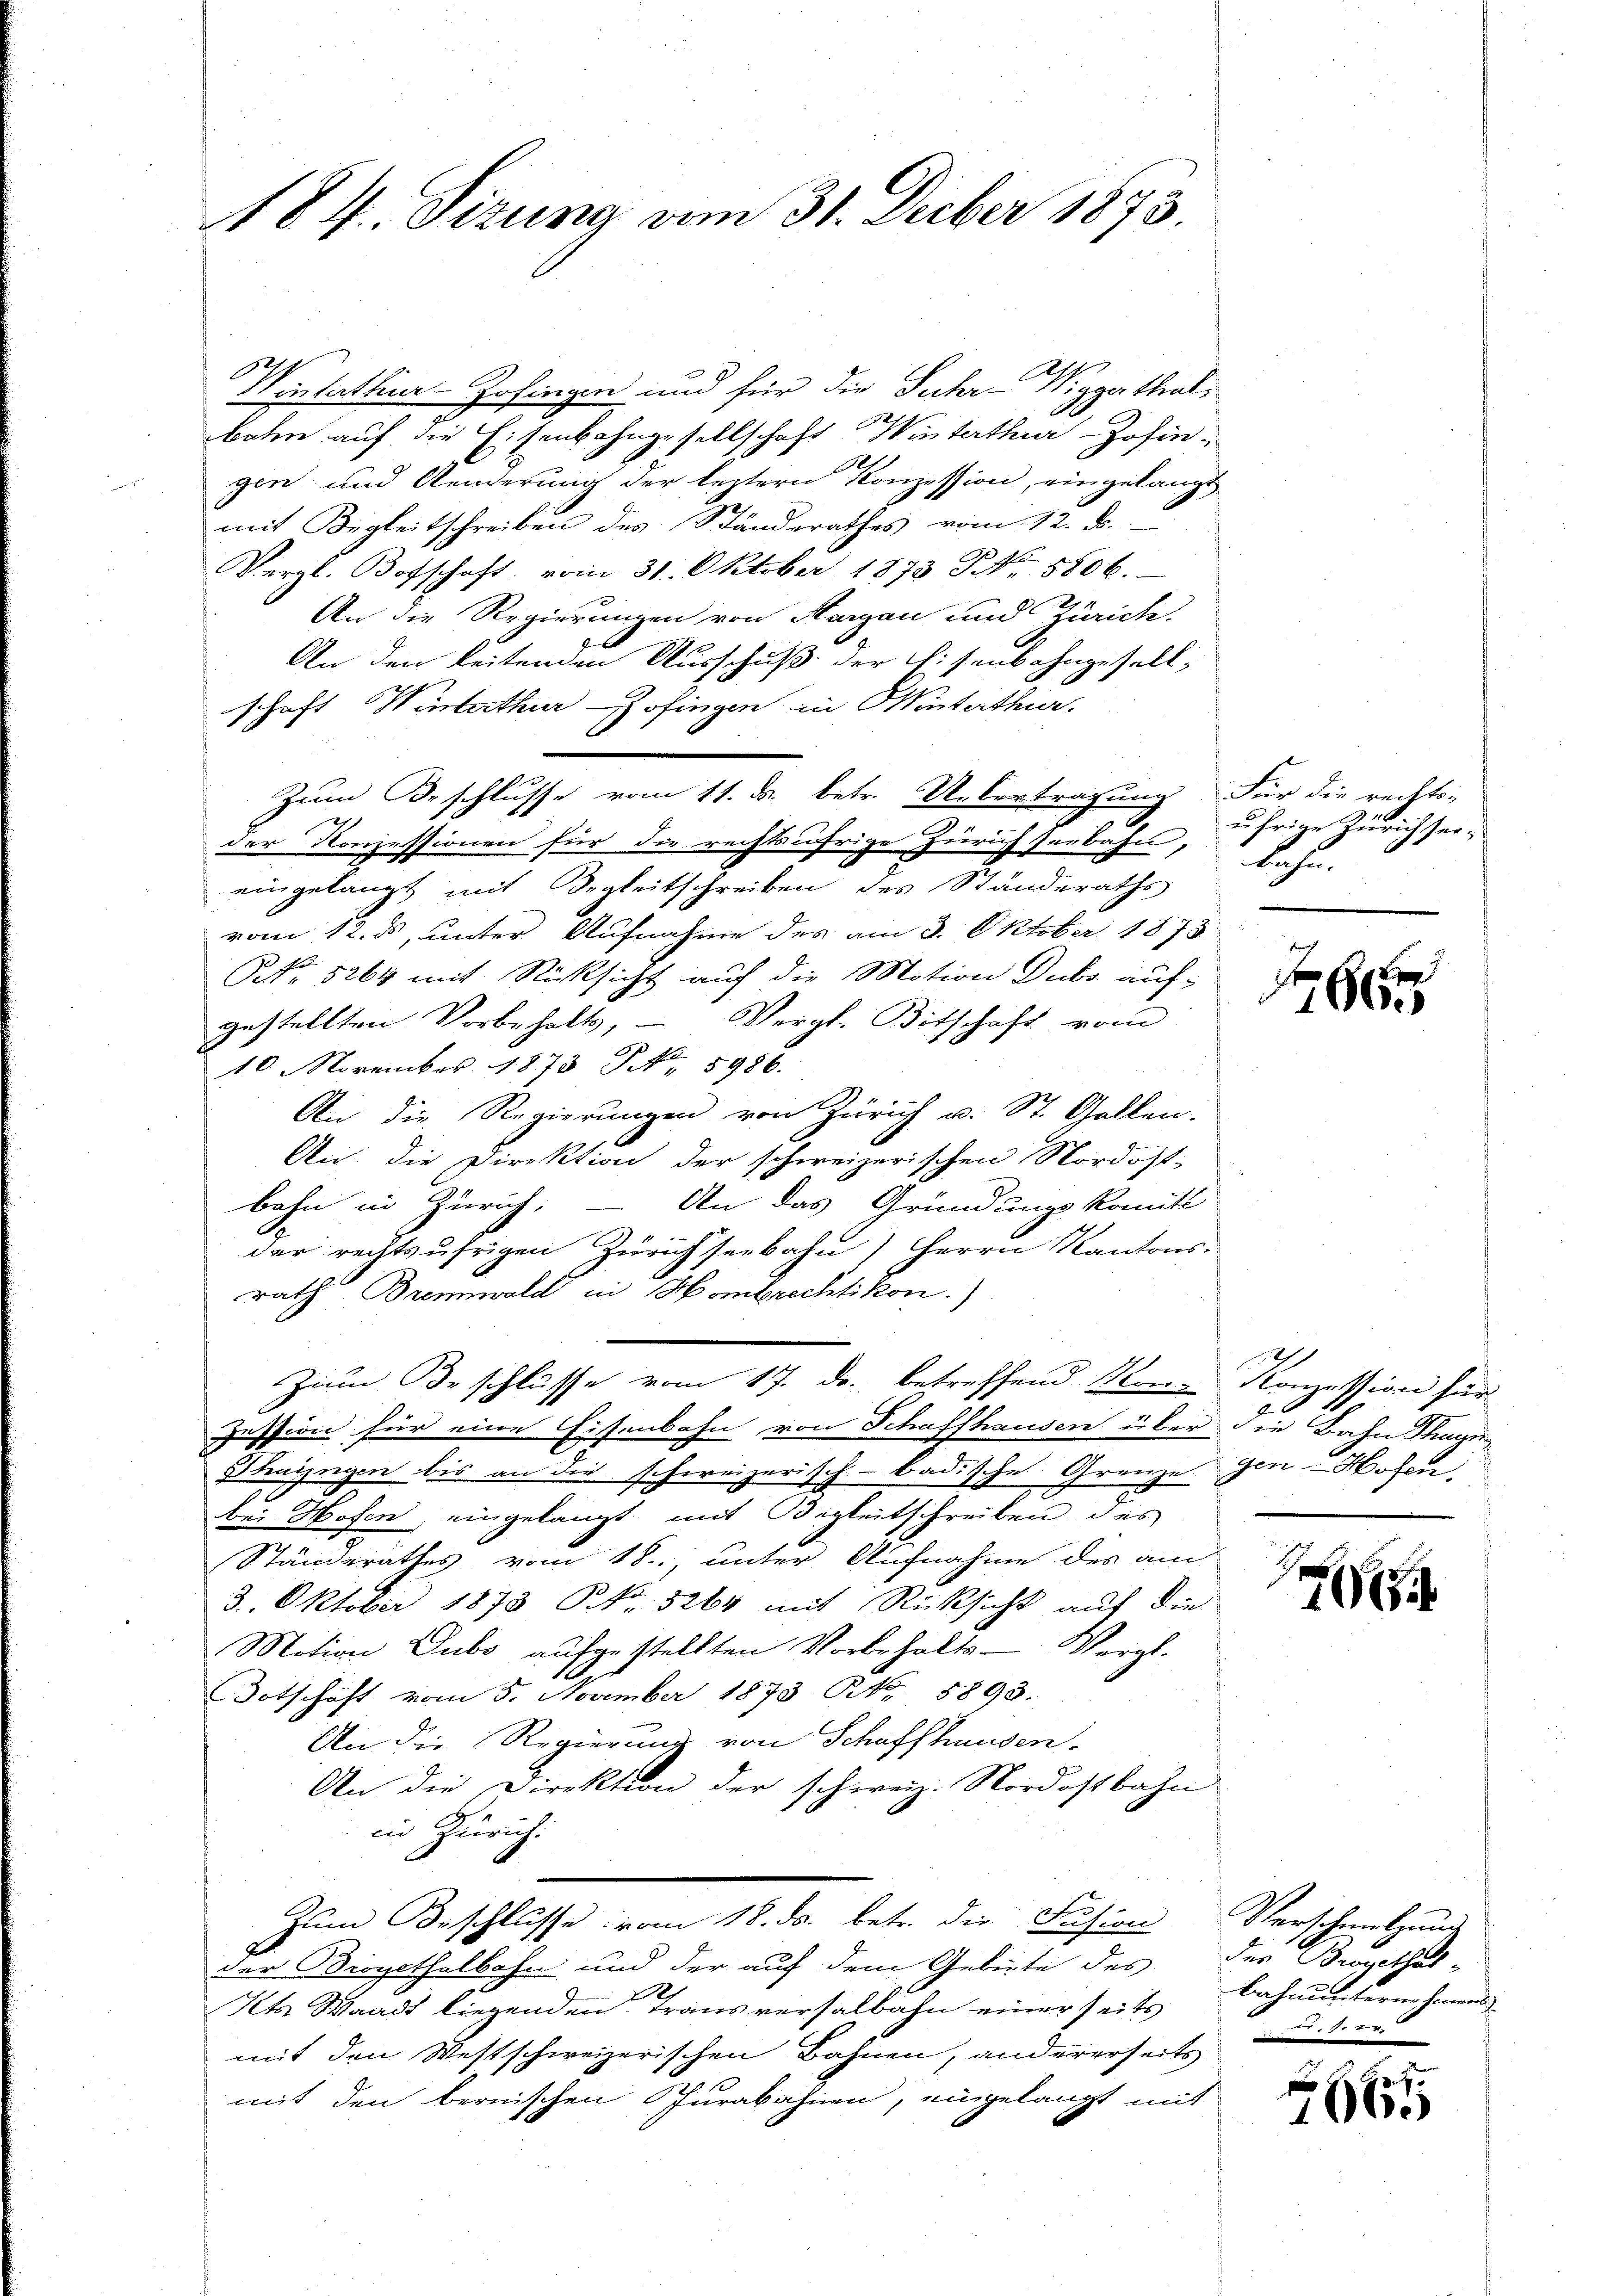
184. Sizung vom 31. Deber 1873.

he
Wintettier-Zofingen und für die Suhr-Wiggathal¬
.
baten auf die Eisenbahngesellschaft Winterthur–Zofingen und Aenderung der leztern Konzession, eingelangt
mit Begleitschreiben des Ständerathes vom 12. ds.
Vergl. Botschaft, vom 31. Oktober 1873 No 5806.
An die Regierungen von Aargau und Zürich.
An den beitenden Ausschuß der Eisenbahngesellschaft Winterthur Zofingen in Hinterthur.
Zum Beschlusse vom 11. ds. betr. Uebertragung für die rechts-
der Konzessionen für die rechtsufrige Zürich serbahn,
eingelangt mit Begleitschreiben des Standeraths
vom 12. ds, unter Aufnahme des am 3. Oktober 1875
NNo. 5264 mit Rücksicht auf die Motion Dubs auf-
Vergl. Botschaft vom
gestellten Vorbehalts-
10 November 1873 NNo. 5986.
An die Regierungen von Zürich u. St. Gallen.
An die Direktion der schweizerischen Nordost-
bahn in Zürich. – An das Gründungskomitt
der rechtsufrigen Zürichseebahn, Herrn Kantons-
rath Brennwald in Hombrechtikon.)
Zum Beschlüsse vom 17. ds. betreffend Men-
Zession für eine Eisenbahn von Schaffhausen über die Bahn Tage
Thayngen bis an die schweizerisch-badische Grenze gen Hosen,
bei Hofen, eingelangt mit Begleitschreiben des
Ständerathes vom 18.., unter Aufnahme des am
3. Oktober 1873 PR. 3264 mit Rücksicht auf die
Motion Dubs aufgestellten Vorbehalts-Vergl.
Totschaft vom 5. November 1873 NNo. 5893.
An die Regierung von Schaffhausen.
An die Direktion der schweiz. Nordostbahn
in Zürich.
Zum Beschlusse vom 18. ds. betr. die Fusion Verschmelzung
der Bripethelbahn und der auf dem Gebiete des der Brogethal-
Kts. Waadt liegenden Transversalbahn einer seits Bahnunternehmens
mit den Westschweizerischen Bahnen, andererseits
mit den bernischen Jurabahnen, eingelangt mit

ährige Zürich seiahn.

6

Konzession für
6

2

d. 1. er

6